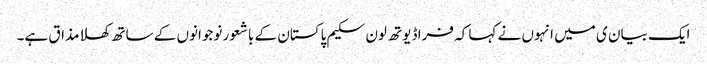
ایک بیان ی میں انہوں نے کہا کہ فراڈ یوتھ لون سکیم پاکستان کے باشعور نوجوانوں کے ساتھ کھلا مذاق ہے۔